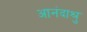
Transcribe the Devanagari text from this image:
आनंदाश्रु